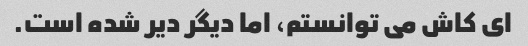
ای کاش می توانستم، اما دیگر دیر شده است.